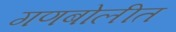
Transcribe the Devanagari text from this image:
गणबोलीत